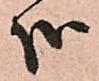
哉